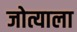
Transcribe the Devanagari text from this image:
जोत्याला